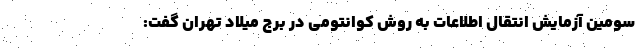
سومین آزمایش انتقال اطلاعات به روش کوانتومی در برج میلاد تهران گفت: